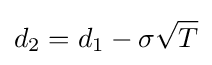
d_{2}=d_{1}-\sigma {\sqrt {T}}